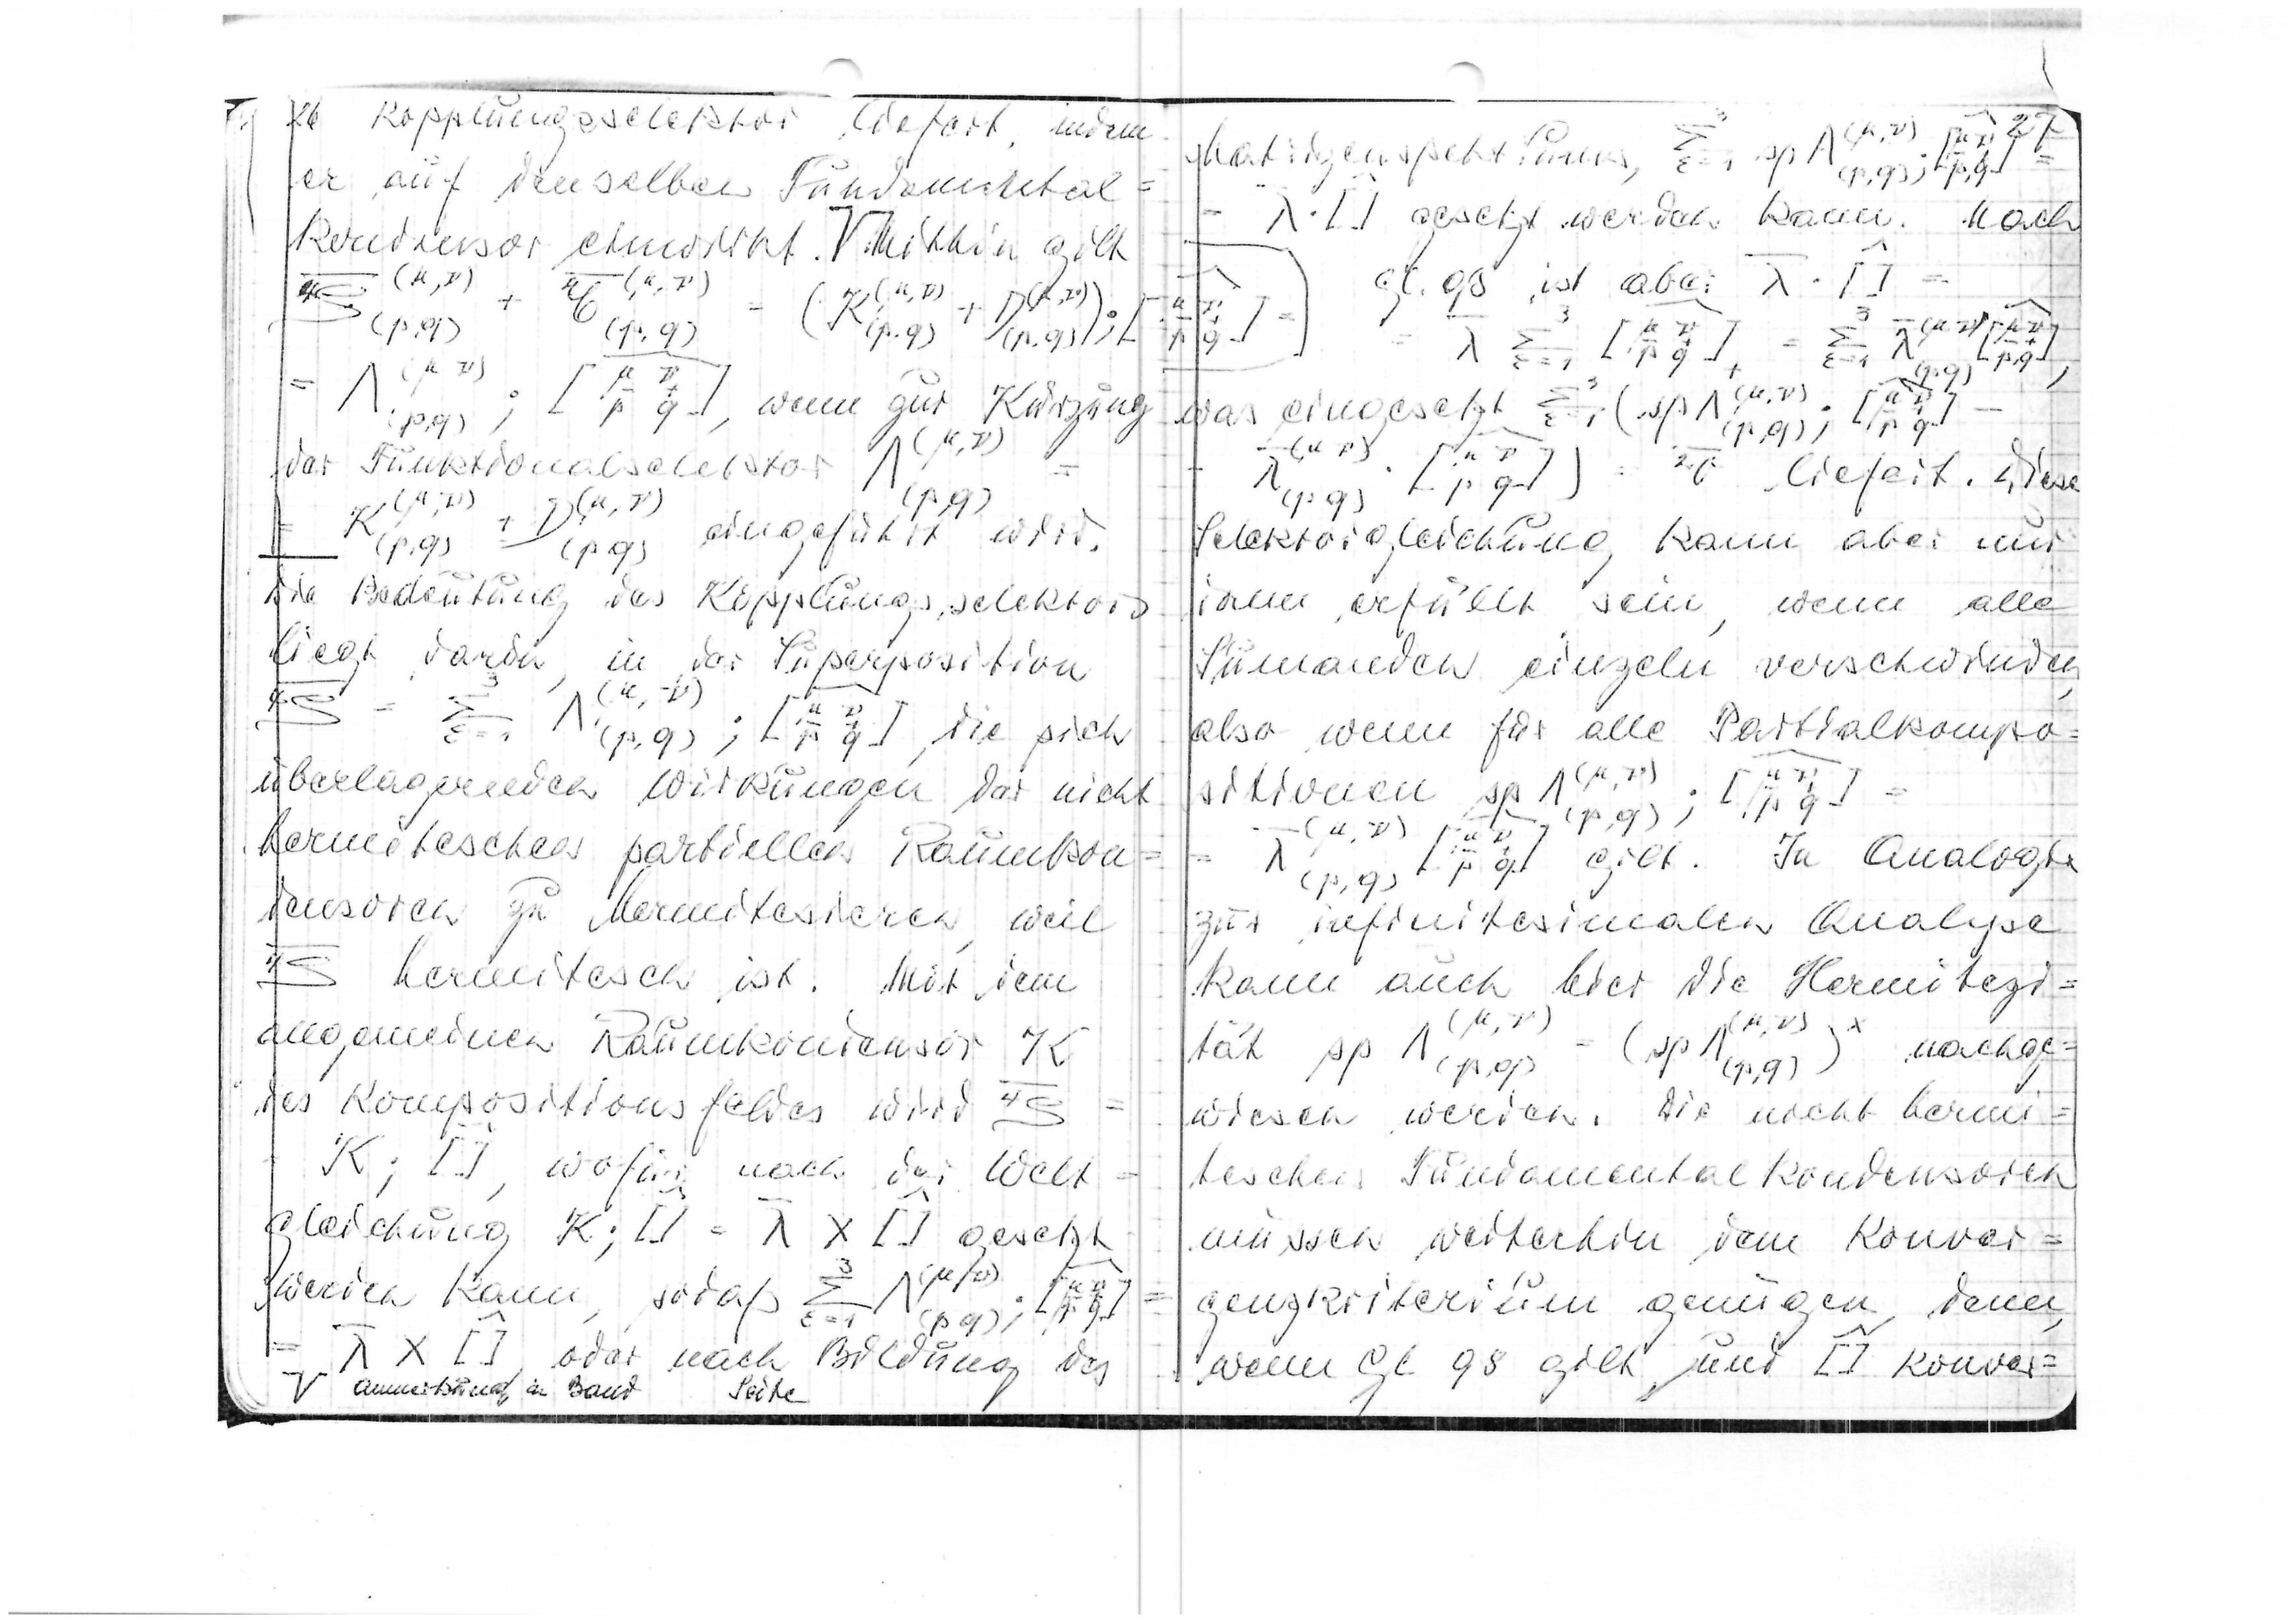
26 Kopplungsselektor liefert, indem
er auf denselben Fundamental
=
kondensor einw
irk
t  V  Mithin gilt
, wenn zur Kürzung
der Fundamentalselektor
eingeführt wird.
Die Bedeutung des Kopplungsselektors
liegt dabei in der Supterposition
die sich
überlagernden Wirkungen der nicht
hermitischen partiellen Raumkon
densoren m hermitisieren,
weil
hermitisch ist.
Mit dem
allgemeinen Raumkondensor K
des Korrespondenzfeldes wird
wofür nach der Welt=
gleichung
gesetzt
werden kann, sodaß
=
oder nach Bilding des
V Anmerkung in Baur
Seite

Matrizenspektrums
gesetzt werden kann. Nach
Gl. 98 ist aber
was eingesetzt
liefert. Diese
Selektorgleichung kann aber nur
dann erfüllt sein, wenn alle
Summanden einzeln verschwinden,
also wenn für alle Partialkompo
sitionen
gilt.
In Analogie
zur infinitesimalen Analyse
kann auch hier die Hermitizi=
tät
nachge=
wiesen werdne. Dich nicht hermi=
tischen Fundamentalkondensoren
müssen weiterhin dem Konver=
genzkriterium genügen, denn
wenn Gl. 98 gilt, und [] konver=